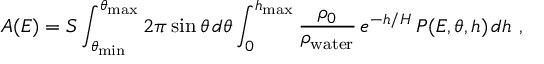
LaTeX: A ( E ) = S \int _ { \theta _ { \mathrm { m i n } } } ^ { \theta _ { \mathrm { m a x } } } 2 \pi \sin \theta \, d \theta \int _ { 0 } ^ { h _ { \mathrm { m a x } } } \frac { \rho _ { 0 } } { \rho _ { \mathrm { w a t e r } } } \, e ^ { - h / H } \, { \cal P } ( E , \theta , h ) \, d h \ ,